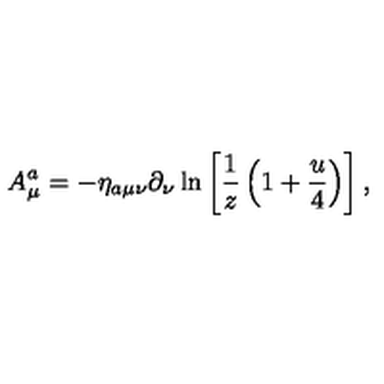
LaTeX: A _ { \mu } ^ { a } = - \eta _ { a \mu \nu } \partial _ { \nu } \ln \left[ { \frac { 1 } { z } } \left( 1 + { \frac { u } { 4 } } \right) \right] ,